65_HS1-834228961_62-HQ-83894_Section_4
Agency: FBI
Page 7
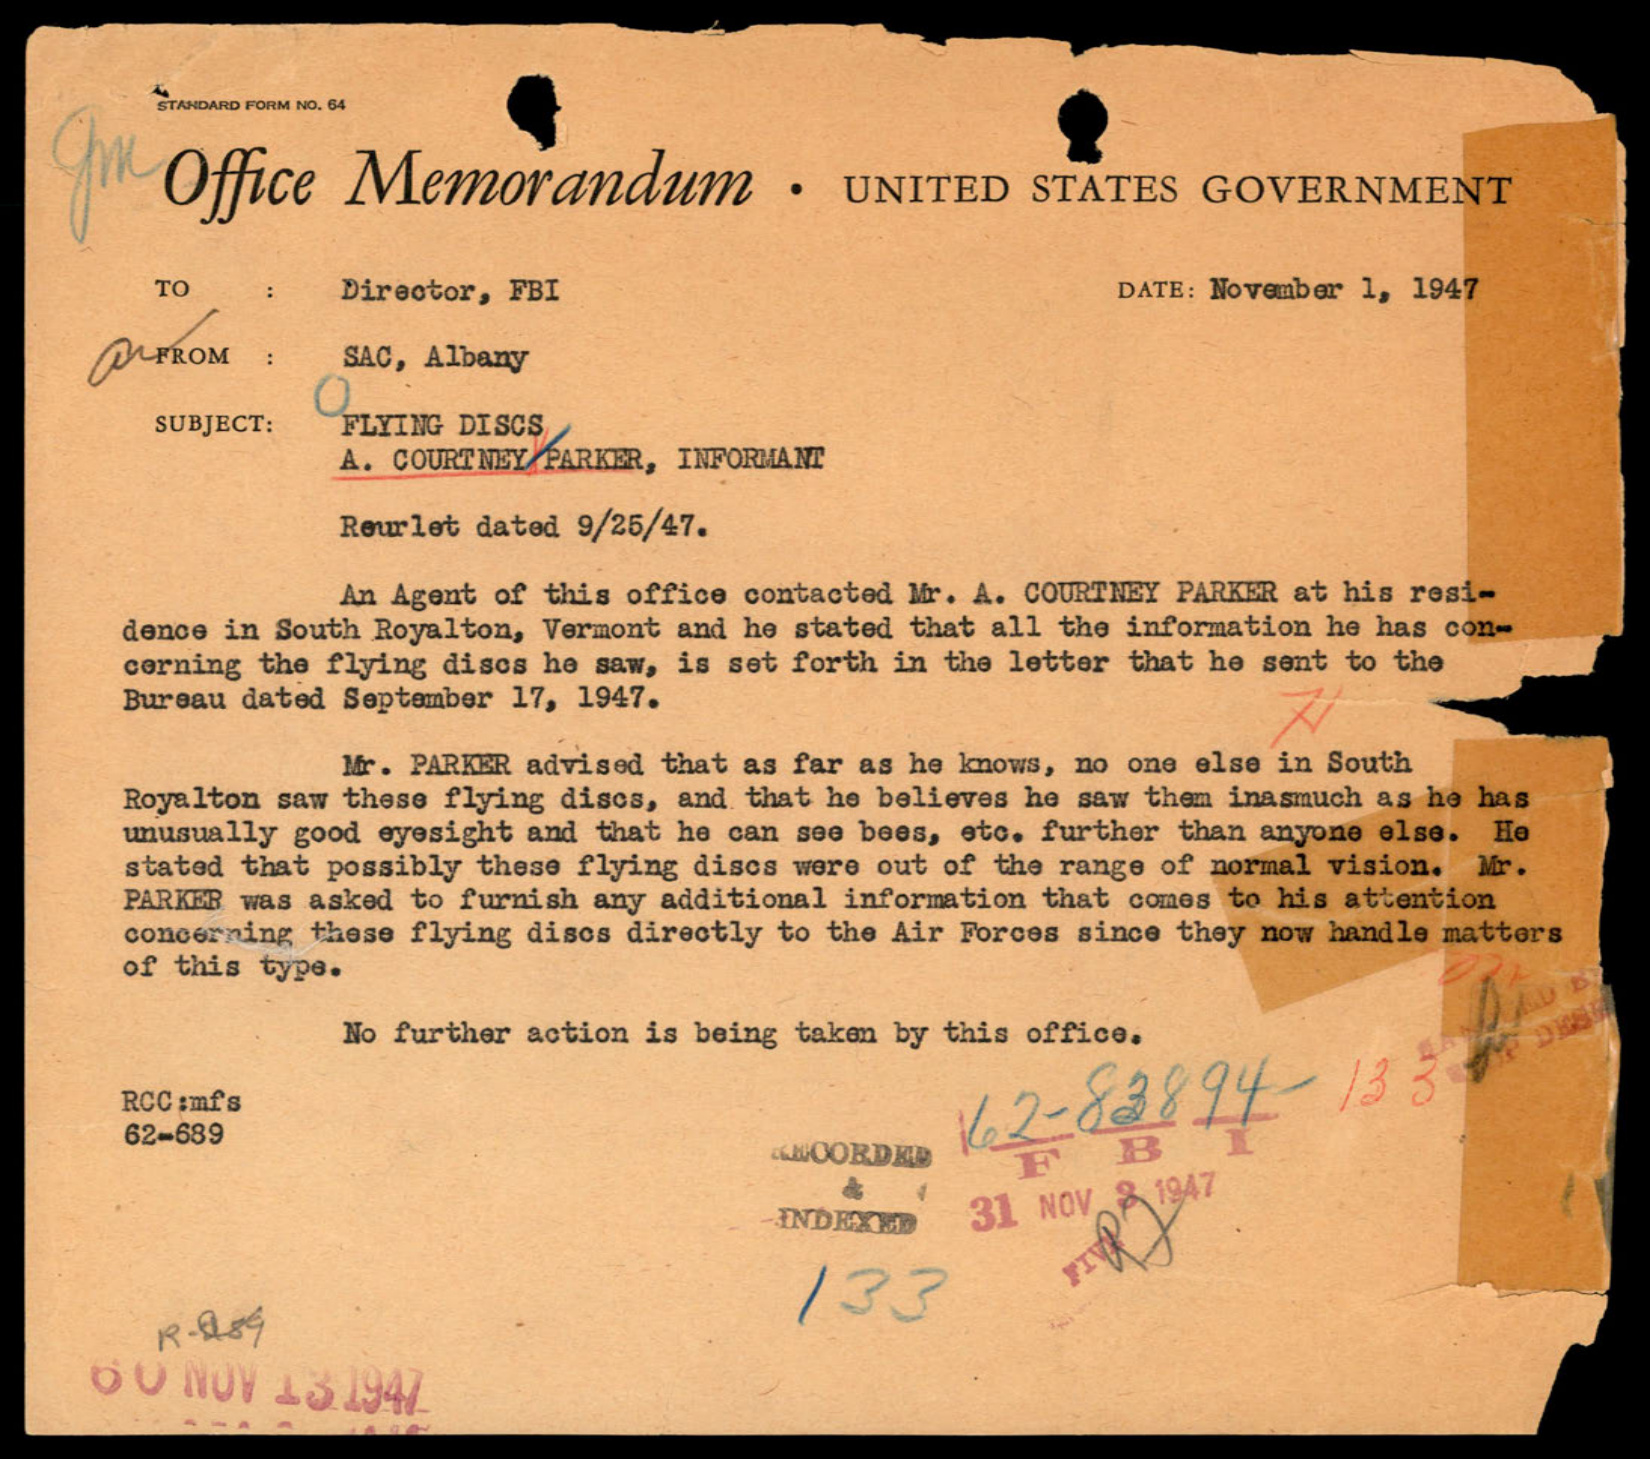